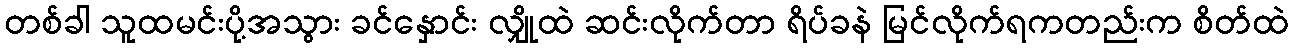
တစ်ခါ သူထမင်းပို့အသွား ခင်နှောင်း လျှိုထဲ ဆင်းလိုက်တာ ရိပ်ခနဲ မြင်လိုက်ရကတည်းက စိတ်ထဲ